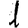
Digit: 1